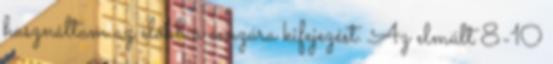
használtam az előbb a cenzúra kifejezést. Az elmúlt 8-10